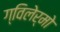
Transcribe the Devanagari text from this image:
ग्विलेर्मो